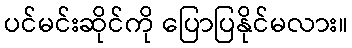
ပင်မင်းဆိုင်ကို ပြောပြနိုင်မလား။